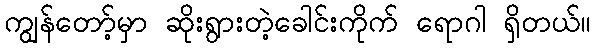
ကျွန်တော့်မှာ ဆိုးရွားတဲ့ခေါင်းကိုက် ရောဂါ ရှိတယ်။